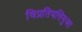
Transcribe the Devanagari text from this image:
विप्रतिपत्तियुक्त